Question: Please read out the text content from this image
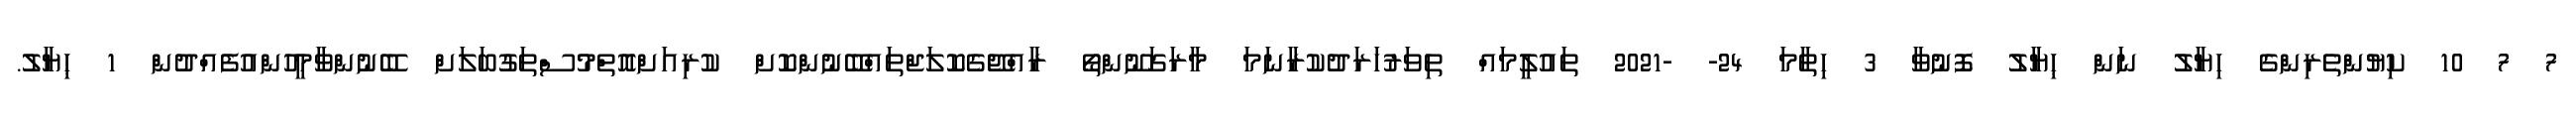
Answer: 7 7 10 ކިޔުންތެރިންގެ ހިޔާލު ނަން ޙިޔާލު ފޮނުވާ 3 ހިތާމަ 24- -2021 ތައުލީމައް ތިވަރުހަރަދުކުރާނަމަ މާރަގަނޫންތޯ ރާއްޖޭގެކޮލަޖްތައްބޭނުންކޮށް ކުރިއަށްއޮތްމުސްތަގުބަލަށް ބޭނުންވާމީހުންއުފެއްދުން 1 ޙިޔާލު.